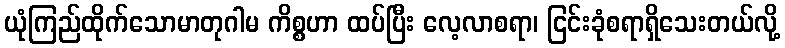
ယုံကြည်ထိုက်သောမာတုဂါမ ကိစ္စဟာ ထပ်ပြီး လေ့လာစရာ၊ ငြင်းခုံစရာရှိသေးတယ်လို့